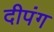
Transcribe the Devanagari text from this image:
दीपंग